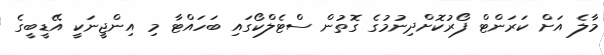
މާލެ އަށް ކަރަންޓް ފޯރުކޮށްދިނުމުގެ ގޮތުން ސްޓެލްކޯގައި ބަހައްޓާ މި އިންޖީނަކީ އޭޑީބީގެ